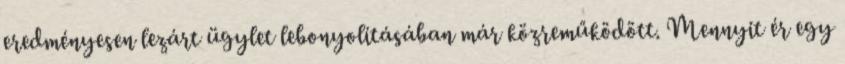
eredményesen lezárt ügylet lebonyolításában már közreműködött. Mennyit ér egy